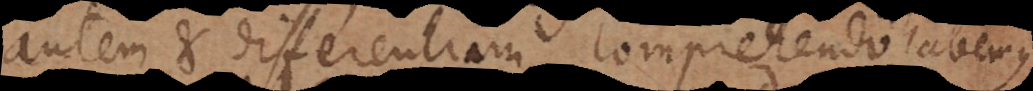
autem et differentiam comprehendo, aeque